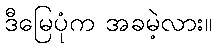
ဒီမြေပုံက အခမဲ့လား။